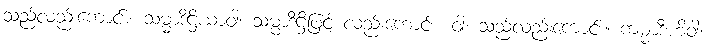
သည်လည်းကောင်း။ သမ္မာဒိဋ္ဌိယာဝါ၊ သမ္မာဒိဋ္ဌိဖြင့် လည်းကောင်း။ ဝါ၊ သည်လည်းကောင်း။ ကမ္မာဒီဟိဝါ၊